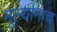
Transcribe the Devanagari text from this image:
मूल्यांनाच